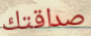
صداقتك